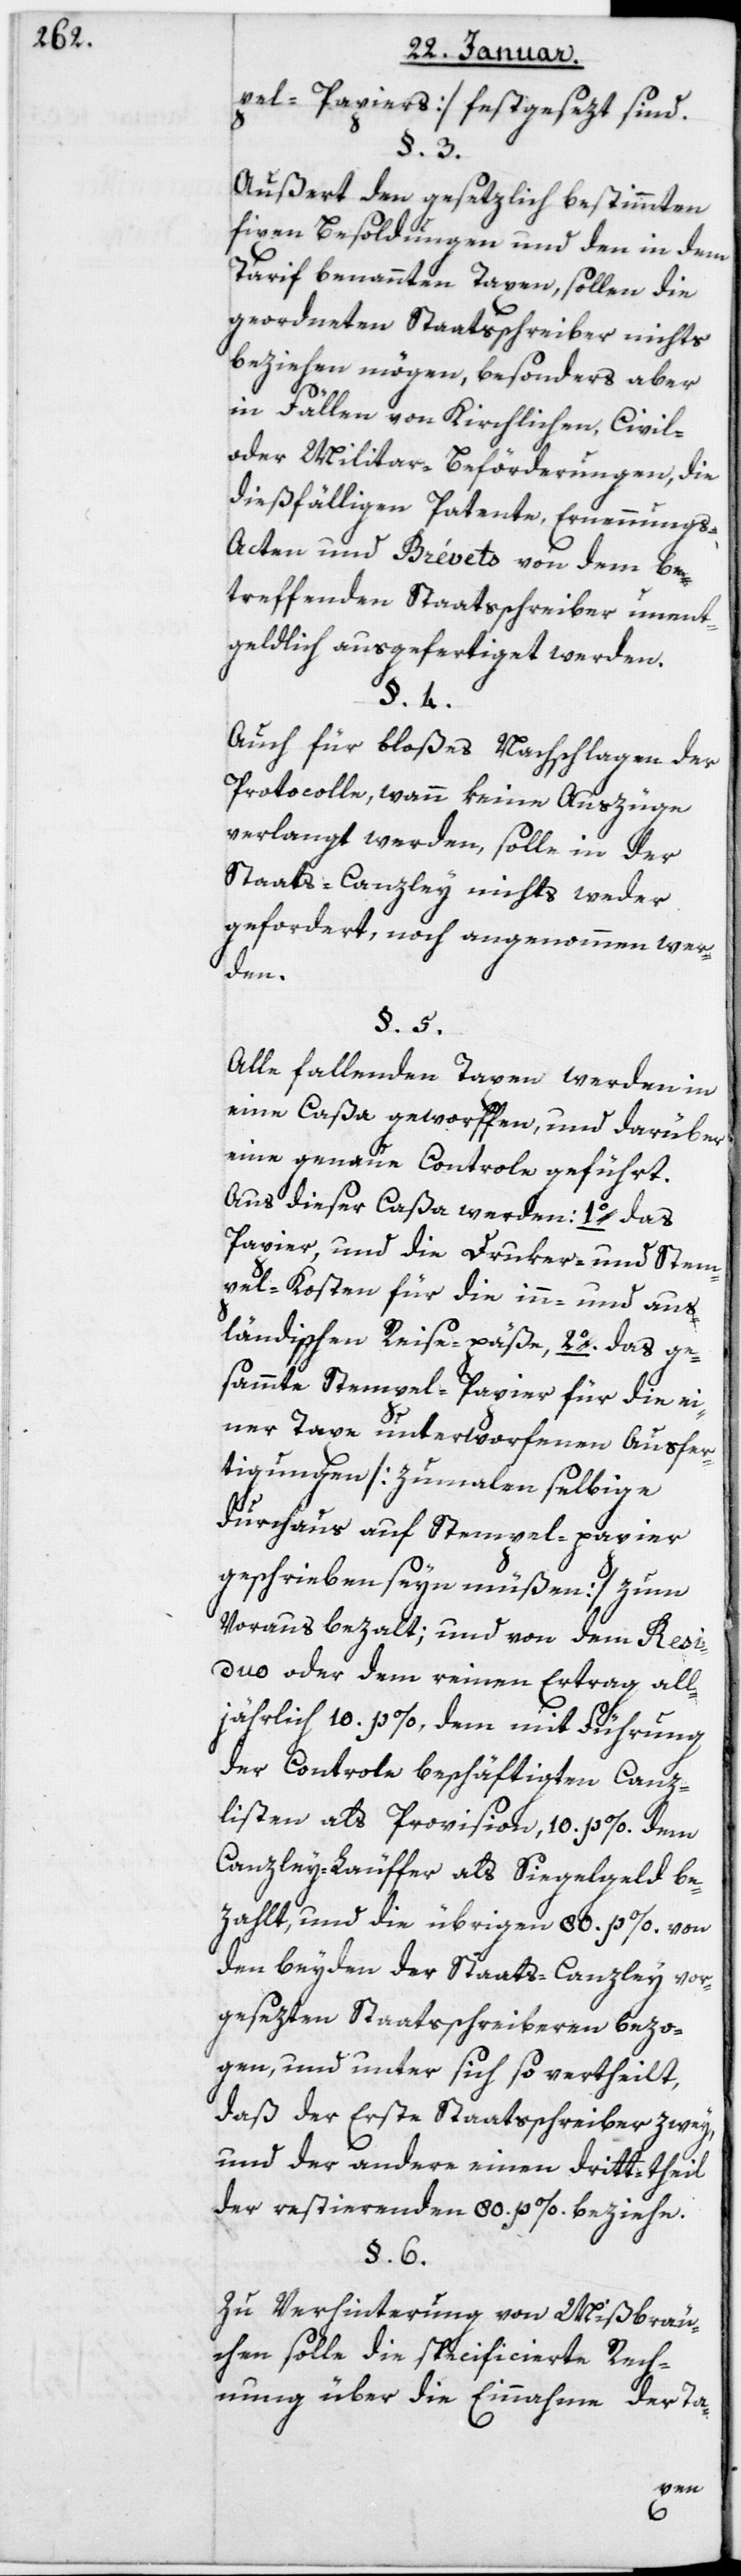
pel-Papiers) festgesezt sind.
Außert den gesetzlich bestimmten
fixen Besoldungen und den in dem
Tarif benannten Taxen, sollen die
geordneten Staatsschreiber nichts
beziehen mögen, besonders aber
in Fällen von kirchlichen, Civil-
oder Militair-Beförderungen, die
dießfälligen Patente, Ernennung¬
s-Acten und Brévets von dem be¬
treffenden Staatsschreiber unent¬
geldlich ausgefertiget werden.
Auch für bloßes Nachschlagen der
Protocolle, wenn keine Auszüge
verlangt werden, solle in der
Staats-Canzley nichts weder
gefordert, noch angenommen wer¬
den.
Alle fallenden Taxen werden in
eine Caßa geworfen, und darüber
eine genaue Controlle geführt.
Aus dieser Caßa werden: 1. das
Papier, und die Druker- und Stem¬
pel-Kosten für die in- und aus¬
ländischen Reisepäße, 2. das ge¬
samte Stempel-Papier für die ei¬
ner Taxe unterworfenen Ausfer¬
tigungen (zumalen selbige
durchaus auf Stempelpapier
geschrieben seyn müßen) zum
Voraus bezalt, und von dem Resi¬
duo oder dem reinen Ertrag all¬
jährlich 10 p. % dem mit Führung
der Controlle beschäftigen Canz¬
listen als Provision, 10 p. % dem
Canzley-Läuffer als Siegelgeld be¬
zahlt, und die übrigen 80 p. % von
den beyden der Staats-Canzley vor¬
gesezten Staatsschreiberen bezo¬
gen, und unter sich so vertheilt,
daß der erste Staatsschreiber zwey,
und der andere einen Dritt-theil
der restierenden 80 p. % beziehe.
Zu Verhinterung von Mißbräu¬
chen solle die specificierte Rech¬
nung über die Einnahme der Ta-